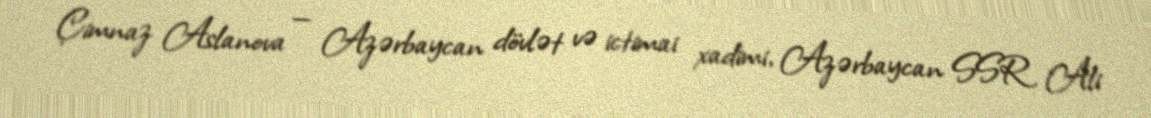
Çimnaz Aslanova — Azərbaycan dövlət və ictimai xadimi, Azərbaycan SSR Ali